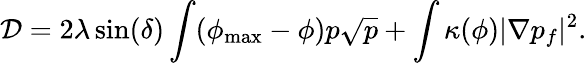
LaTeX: \mathcal D=2\lambda\sin(\delta)\int(\phi_{\mathrm{max}}-\phi)p\sqrt{p}+\int\kappa(\phi)|\nabla p_{f}|^{2}.